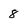
Character: 8